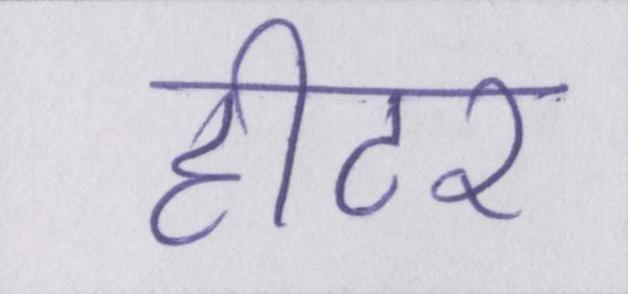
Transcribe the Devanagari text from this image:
हीटर